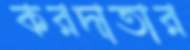
করদাতার